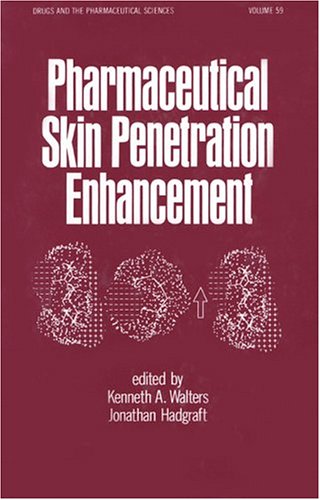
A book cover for Pharmaceutical Skin Penetration Enhancement (Drugs and the Pharmaceutical Sciences); Medical Books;